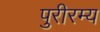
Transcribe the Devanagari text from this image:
पुरीरम्य